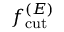
\ensuremath { f _ { \mathrm { c u t } } ^ { ( E ) } }